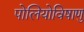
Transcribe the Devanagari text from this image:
पोलियोविषाणु